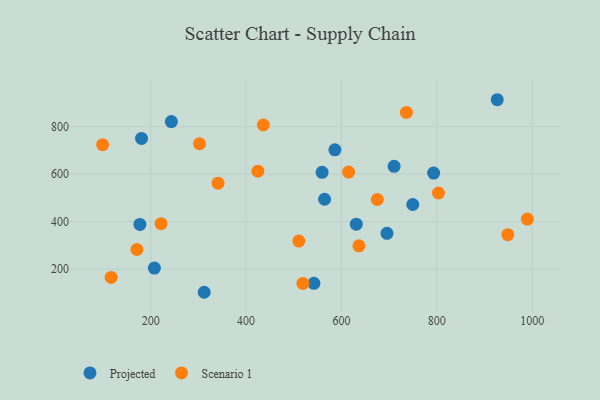
{"axis": {"x": "Study Hours", "y": "Salary"}, "legend": ["Projected", "Scenario 1"], "data": [{"x": "793.3", "y": 604.7, "type": "Projected"}, {"x": "926.8", "y": 913.4, "type": "Projected"}, {"x": "586.2", "y": 702.5, "type": "Projected"}, {"x": "177.2", "y": 388.7, "type": "Projected"}, {"x": "243.2", "y": 821.5, "type": "Projected"}, {"x": "207.6", "y": 204.7, "type": "Projected"}, {"x": "710.4", "y": 632.9, "type": "Projected"}, {"x": "631.1", "y": 389.4, "type": "Projected"}, {"x": "180.6", "y": 750.6, "type": "Projected"}, {"x": "312.1", "y": 102.9, "type": "Projected"}, {"x": "542.2", "y": 140.6, "type": "Projected"}, {"x": "749.6", "y": 472.3, "type": "Projected"}, {"x": "559.4", "y": 607.7, "type": "Projected"}, {"x": "695.5", "y": 351.1, "type": "Projected"}, {"x": "564.6", "y": 494.5, "type": "Projected"}, {"x": "424.7", "y": 612.7, "type": "Scenario 1"}, {"x": "99.0", "y": 724.4, "type": "Scenario 1"}, {"x": "116.8", "y": 165.4, "type": "Scenario 1"}, {"x": "510.5", "y": 318.4, "type": "Scenario 1"}, {"x": "948.9", "y": 345.5, "type": "Scenario 1"}, {"x": "803.5", "y": 520.7, "type": "Scenario 1"}, {"x": "519.1", "y": 140.1, "type": "Scenario 1"}, {"x": "990.0", "y": 411.0, "type": "Scenario 1"}, {"x": "170.9", "y": 283.0, "type": "Scenario 1"}, {"x": "675.2", "y": 493.4, "type": "Scenario 1"}, {"x": "302.2", "y": 728.1, "type": "Scenario 1"}, {"x": "436.1", "y": 807.1, "type": "Scenario 1"}, {"x": "615.0", "y": 608.8, "type": "Scenario 1"}, {"x": "341.1", "y": 562.1, "type": "Scenario 1"}, {"x": "636.6", "y": 298.3, "type": "Scenario 1"}, {"x": "736.2", "y": 859.8, "type": "Scenario 1"}, {"x": "221.5", "y": 391.6, "type": "Scenario 1"}]}